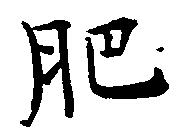
肥